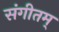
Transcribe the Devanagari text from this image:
संगीतम्‌